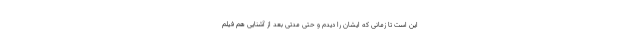
این است تا زمانی که ایشان را دیدم و حتی مدتی بعد از آشنایی هم فیلم